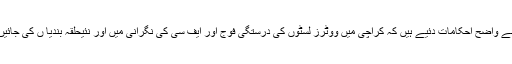
رہنمائوں کا کہنا تھا کہ سپریم کورٹ نے واضح احکامات دئیے ہیں کہ کراچی میں ووٹرز لسٹوں کی درستگی فوج اور ایف سی کی نگرانی میں اور نئیحلقہ بندیا ں کی جائیں تاہم ان پر عمل درآمد نہیں ہو رہا ہے۔